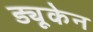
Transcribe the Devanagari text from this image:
ड्यूकेन